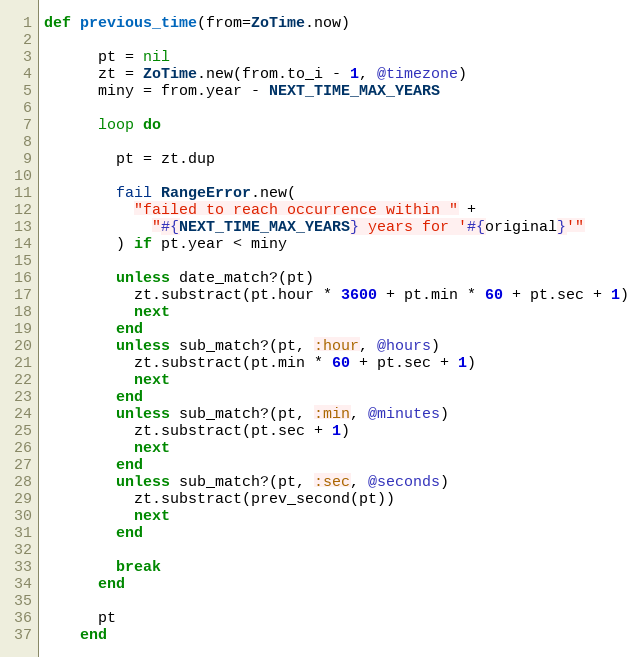
Language: Ruby
def previous_time(from=ZoTime.now)

      pt = nil
      zt = ZoTime.new(from.to_i - 1, @timezone)
      miny = from.year - NEXT_TIME_MAX_YEARS

      loop do

        pt = zt.dup

        fail RangeError.new(
          "failed to reach occurrence within " +
            "#{NEXT_TIME_MAX_YEARS} years for '#{original}'"
        ) if pt.year < miny

        unless date_match?(pt)
          zt.substract(pt.hour * 3600 + pt.min * 60 + pt.sec + 1)
          next
        end
        unless sub_match?(pt, :hour, @hours)
          zt.substract(pt.min * 60 + pt.sec + 1)
          next
        end
        unless sub_match?(pt, :min, @minutes)
          zt.substract(pt.sec + 1)
          next
        end
        unless sub_match?(pt, :sec, @seconds)
          zt.substract(prev_second(pt))
          next
        end

        break
      end

      pt
    end